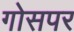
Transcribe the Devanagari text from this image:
गोसपर